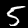
Digit: 5